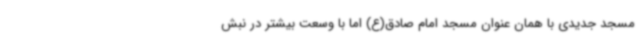
مسجد جدیدی با همان عنوان مسجد امام صادق(ع) اما با وسعت بیشتر در نبش